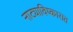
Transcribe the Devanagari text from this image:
नाट्याविष्कारात